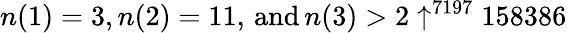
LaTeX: n(1)=3,n(2)=11,\, {\textrm{and}}\, n(3)>2\uparrow^{7197}158386